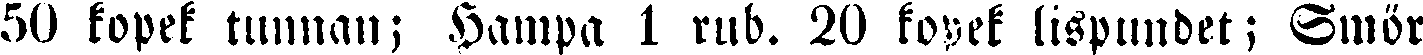
50 kopek tunnan; Hampa 1 rub. 20 kopek lispundet; Smör